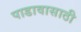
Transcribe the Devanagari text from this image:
पाडावासाठी